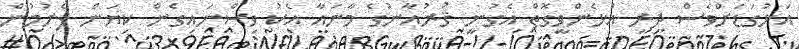
އަޅުގަޑަށްވެސް ދިރި އުޅެންވީގޮތް އެގުނީ ޤުރުއާނުގެ މާނައާ އެކު ވިސްނައިގެން ކިޔަން ފެށުމުން